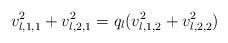
LaTeX: \begin{align*}v_{l,1,1}^2 + v_{l,2,1}^2 = q_l ( v_{l,1,2}^2 + v_{l,2,2}^2 ) \end{align*}